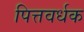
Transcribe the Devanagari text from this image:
पित्तवर्धक